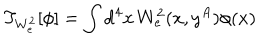
T _ { W _ { e } ^ { 2 } } [ \phi ] = \int \mathrm { d } ^ { 4 } x \, W _ { e } ^ { 2 } ( x , y ^ { A } ) \phi ( x )